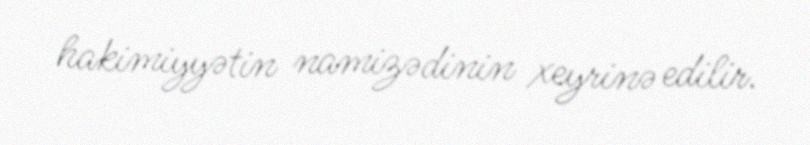
hakimiyyətin namizədinin xeyrinə edilir.